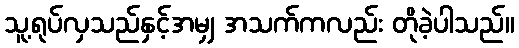
သူ့ရုပ်လှသည်နှင့်အမျှ အသက်ကလည်း တိုခဲ့ပါသည်။